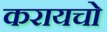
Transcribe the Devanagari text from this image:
करायचो